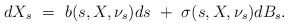
\begin{align*}dX_s ~=~ b(s,X,\nu_s)ds ~+~ \sigma(s, X,\nu_s)dB_s.\end{align*}